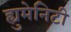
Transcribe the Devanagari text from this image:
ह्युमेनिटी